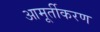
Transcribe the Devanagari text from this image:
आमूर्तीकरण